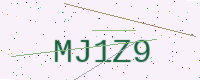
Text: MJ1Z9